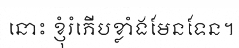
នោះ ខ្ញុំរំភើបខ្លាំងមែនទែន។